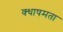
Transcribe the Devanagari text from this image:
क्धाषमता